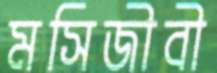
মসিজীবী